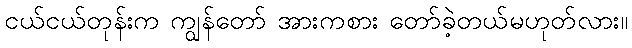
ငယ်ငယ်တုန်းက ကျွန်တော် အားကစား တော်ခဲ့တယ်မဟုတ်လား။